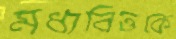
মধ্যবিত্তকে